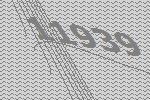
11939